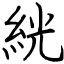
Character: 絖